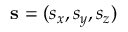
\mathbf { s } = ( s _ { x } , s _ { y } , s _ { z } )